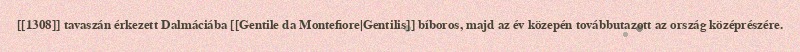
[[1308]] tavaszán érkezett Dalmáciába [[Gentile da Montefiore|Gentilis]] bíboros, majd az év közepén továbbutazott az ország középrészére.